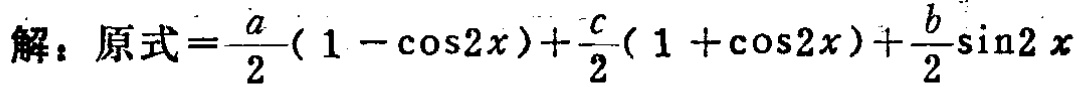
解：原式=\(\frac{a}{2}(1 - \cos2x)+\frac{c}{2}(1 + \cos2x)+\frac{b}{2}\sin2x\)